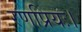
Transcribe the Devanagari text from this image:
रणप्रियः।